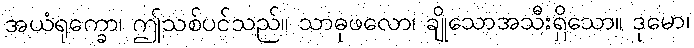
အယံရုက္ခော၊ ဤသစ်ပင်သည်။ သာဓုဖလော၊ ချိုသောအသီးရှိသော။ ဒုမော၊